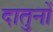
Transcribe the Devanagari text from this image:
दातुनों